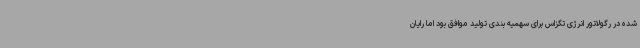
شده در رگولاتور انرژی تگزاس برای سهمیه بندی تولید موافق بود اما رایان